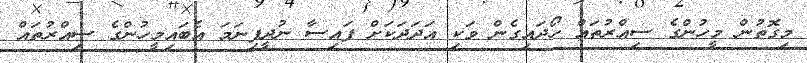
މިގޮތުން މީހުންގެ ސިއްރުތައް ހޯދައިގެން ވަކި އަދަދަކަށް ފައިސާ ނުދީފިނަމަ އެބައިމީހުންގެ ސިއްރުތައް